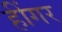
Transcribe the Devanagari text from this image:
हींगर